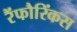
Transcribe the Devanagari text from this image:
रैंफौरिंकस